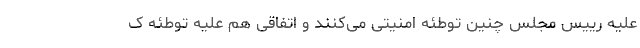
علیه رییس مجلس چنین توطئه امنیتی می‌کنند و اتفاقی هم علیه توطئه ک